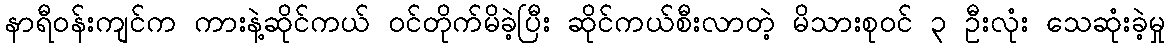
နာရီဝန်းကျင်က ကားနဲ့ဆိုင်ကယ် ဝင်တိုက်မိခဲ့ပြီး ဆိုင်ကယ်စီးလာတဲ့ မိသားစုဝင် ၃ ဦးလုံး သေဆုံးခဲ့မှု